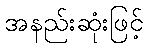
အနည်းဆုံးဖြင့်